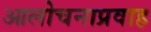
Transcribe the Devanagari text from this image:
आलोचनाप्रवाह